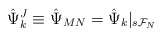
\begin{align*}{\hat \Psi}^J_k \equiv {\hat \Psi}_{MN} = {\hat \Psi}_k |_{s{\cal F}_N}\end{align*}